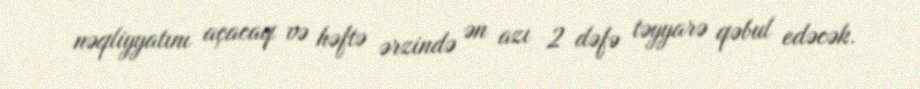
nəqliyyatını açacaq və həftə ərzində ən azı 2 dəfə təyyarə qəbul edəcək.